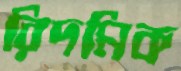
রিদমিক